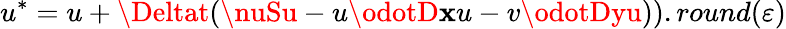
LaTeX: u^{*}=u+\Deltat(\nuSu-u\odotD\mathbf{x}u-v\odotDyu)).round(\varepsilon)